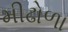
મીઢોળા